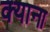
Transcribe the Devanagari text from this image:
क्याना